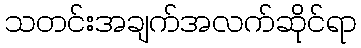
သတင်းအချက်အလက်ဆိုင်ရာ